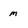
Character: m